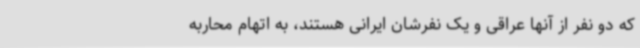
که دو نفر از آنها عراقی و یک نفرشان ایرانی هستند، به اتهام محاربه